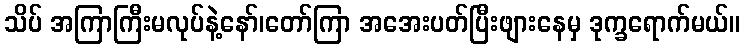
သိပ် အကြာကြီးမလုပ်နဲ့နော်၊တော်ကြာ အအေးပတ်ပြီးဖျားနေမှ ဒုက္ခရောက်မယ်။